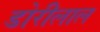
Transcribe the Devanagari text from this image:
डोरीलाल